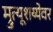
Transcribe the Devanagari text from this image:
म्रुत्यूशय्येवर